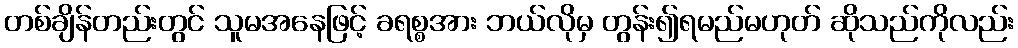
တစ်ချိန်တည်းတွင် သူမအနေဖြင့် ခရစ္စအား ဘယ်လိုမှ တွန်း၍ရမည်မဟုတ် ဆိုသည်ကိုလည်း